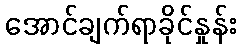
အောင်ချက်ရာခိုင်နှုန်း